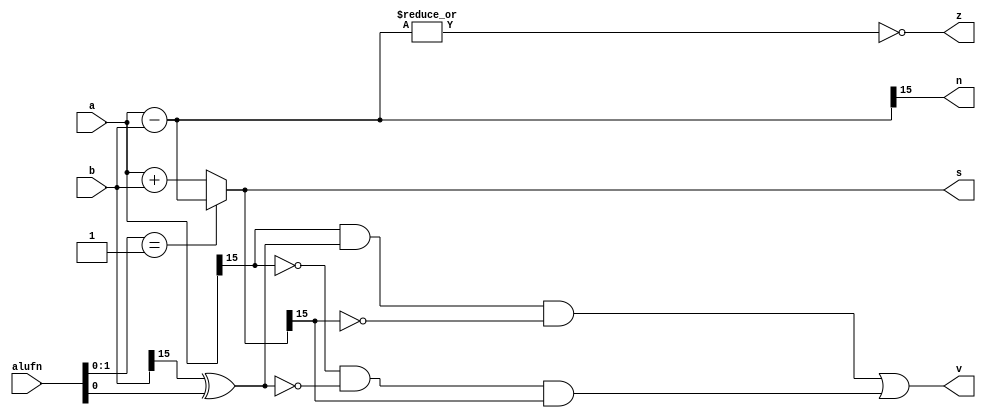
/*
   This file was generated automatically by the Mojo IDE version B1.3.6.
   Do not edit this file directly. Instead edit the original Lucid source.
   This is a temporary file and any changes made to it will be destroyed.
*/

module adder_5 (
    input [15:0] a,
    input [15:0] b,
    input [5:0] alufn,
    output reg [15:0] s,
    output reg z,
    output reg v,
    output reg n
  );
  
  
  
  reg [15:0] operation;
  
  reg [15:0] value;
  
  always @* begin
    
    case (alufn[0+1-:2])
      2'h0: begin
        operation = a + b;
      end
      2'h1: begin
        operation = a - b;
      end
      default: begin
        operation = a + b;
      end
    endcase
    value = a - b;
    z = (~|value);
    v = (a[15+0-:1] & (b[15+0-:1] ^ alufn[0+0-:1]) & ~operation[15+0-:1]) | (~a[15+0-:1] & ~(b[15+0-:1] ^ alufn[0+0-:1]) & operation[15+0-:1]);
    n = value[15+0-:1];
    s = operation;
  end
endmodule